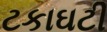
ટકાઘટી